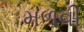
મળવી